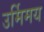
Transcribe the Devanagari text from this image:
उर्मिमय